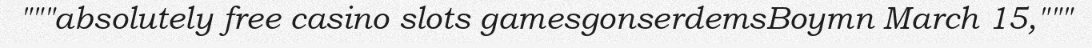
"""absolutely free casino slots gamesgonserdemsBoymn March 15,"""